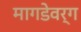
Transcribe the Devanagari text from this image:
मागडेवर्ग